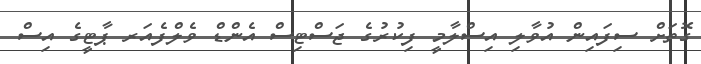
ގޮތަށް ސިފައިން އުވާލި އިސްލާމީ ފިކުރުގެ ޖަސްޓިސް އެންޑް ވެލްފެއަރ ޕާޓީގެ އިސް